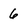
Character: 6